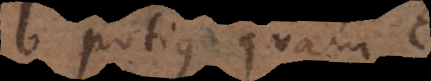
b potius quam c,